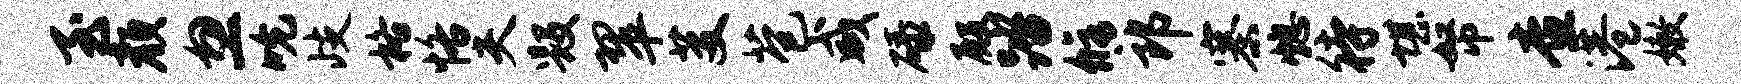
至颜忽吮歧格恪夫毁翠芟苞咸碌殿踏修郎寨熄待堪帑查港嫩